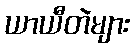
ယာယီတဲများ